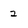
Character: 2